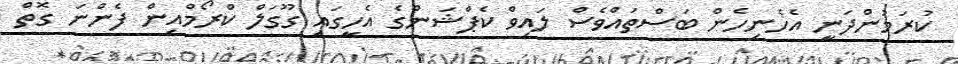
ކުރަމުންދަނީ އެހެނިހެން ބަސްތައްވެސް ލައިވް ކެޕްޝަންގެ އެހީގައި ގޫގަލް ކްރޯމްއިން ފެންނަ ގޮތް